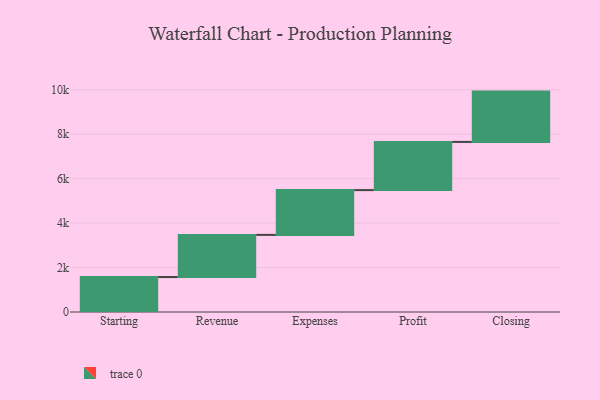
{"axis": {"x": "Step", "y": "Value"}, "legend": [""], "data": [{"x": "Starting", "y": 1573.0, "type": ""}, {"x": "Revenue", "y": 1897.0, "type": ""}, {"x": "Expenses", "y": 2015.0, "type": ""}, {"x": "Profit", "y": 2168.0, "type": ""}, {"x": "Closing", "y": 2264.0, "type": ""}]}